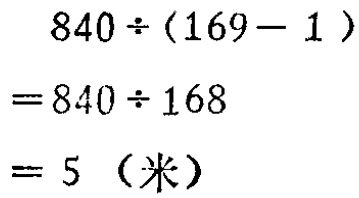
\[

\begin{align*}

&840\div(169 - 1)\\

=&840\div168\\

=&5 \text{（米）}

\end{align*}

\]